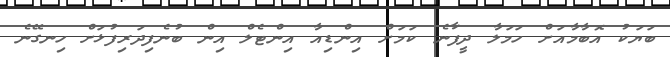
ބަޔަކު އޮބާމާއަށް ހަމަލާ ދީފާނެ ކަމަށް އިންޑިއާ އިންޓެލް އިން ބުނެފިދަރިފުޅަށް ހިނގޭނެ